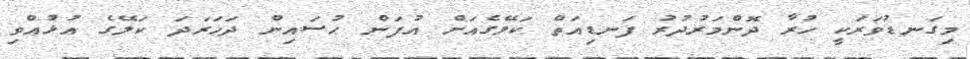
މިގަނޑުވަރަކީ ހުރާ ދޮންމަރުދުރު ފަނޑިއަތް ކަލޭގެއަށް އުފަން ޙުސައިން ދަހަރަދަ ކަލޭގެ އުޅުއްވި